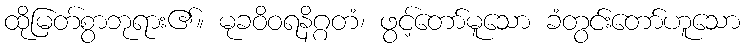
ထိုမြတ်စွာဘုရား၏။ မုခဝိဝရနိဂ္ဂတံ၊ ဖွင့်တော်မူသော ခံတွင်းတော်ဟူသော